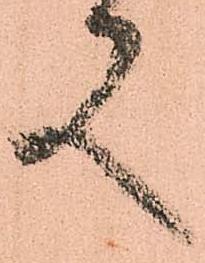
又